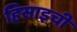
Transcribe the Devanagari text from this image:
हिसाइची